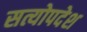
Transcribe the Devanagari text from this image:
सत्योपदेश